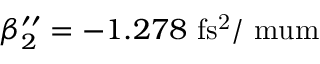
\beta _ { 2 } ^ { \prime \prime } = - 1 . 2 7 8 ~ \mathrm { f s ^ { 2 } / \ m u m }